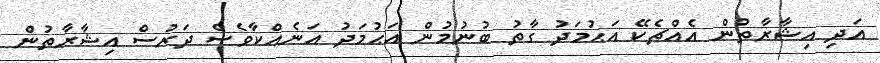
އަދި އިޝާރާތުން އެއްޗެކޭ އަޙުމަދު ގާތު ބުނުމުން އަޙުމަދު އަނެއްކާވެސް ދަރުސް އިޝާރާތުން